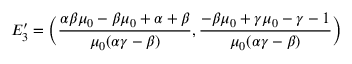
E _ { 3 } ^ { \prime } = \bigg ( \frac { \alpha \beta \mu _ { 0 } - \beta \mu _ { 0 } + \alpha + \beta } { \mu _ { 0 } ( \alpha \gamma - \beta ) } , \frac { - \beta \mu _ { 0 } + \gamma \mu _ { 0 } - \gamma - 1 } { \mu _ { 0 } ( \alpha \gamma - \beta ) } \bigg )